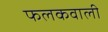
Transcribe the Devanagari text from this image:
फलकवाली